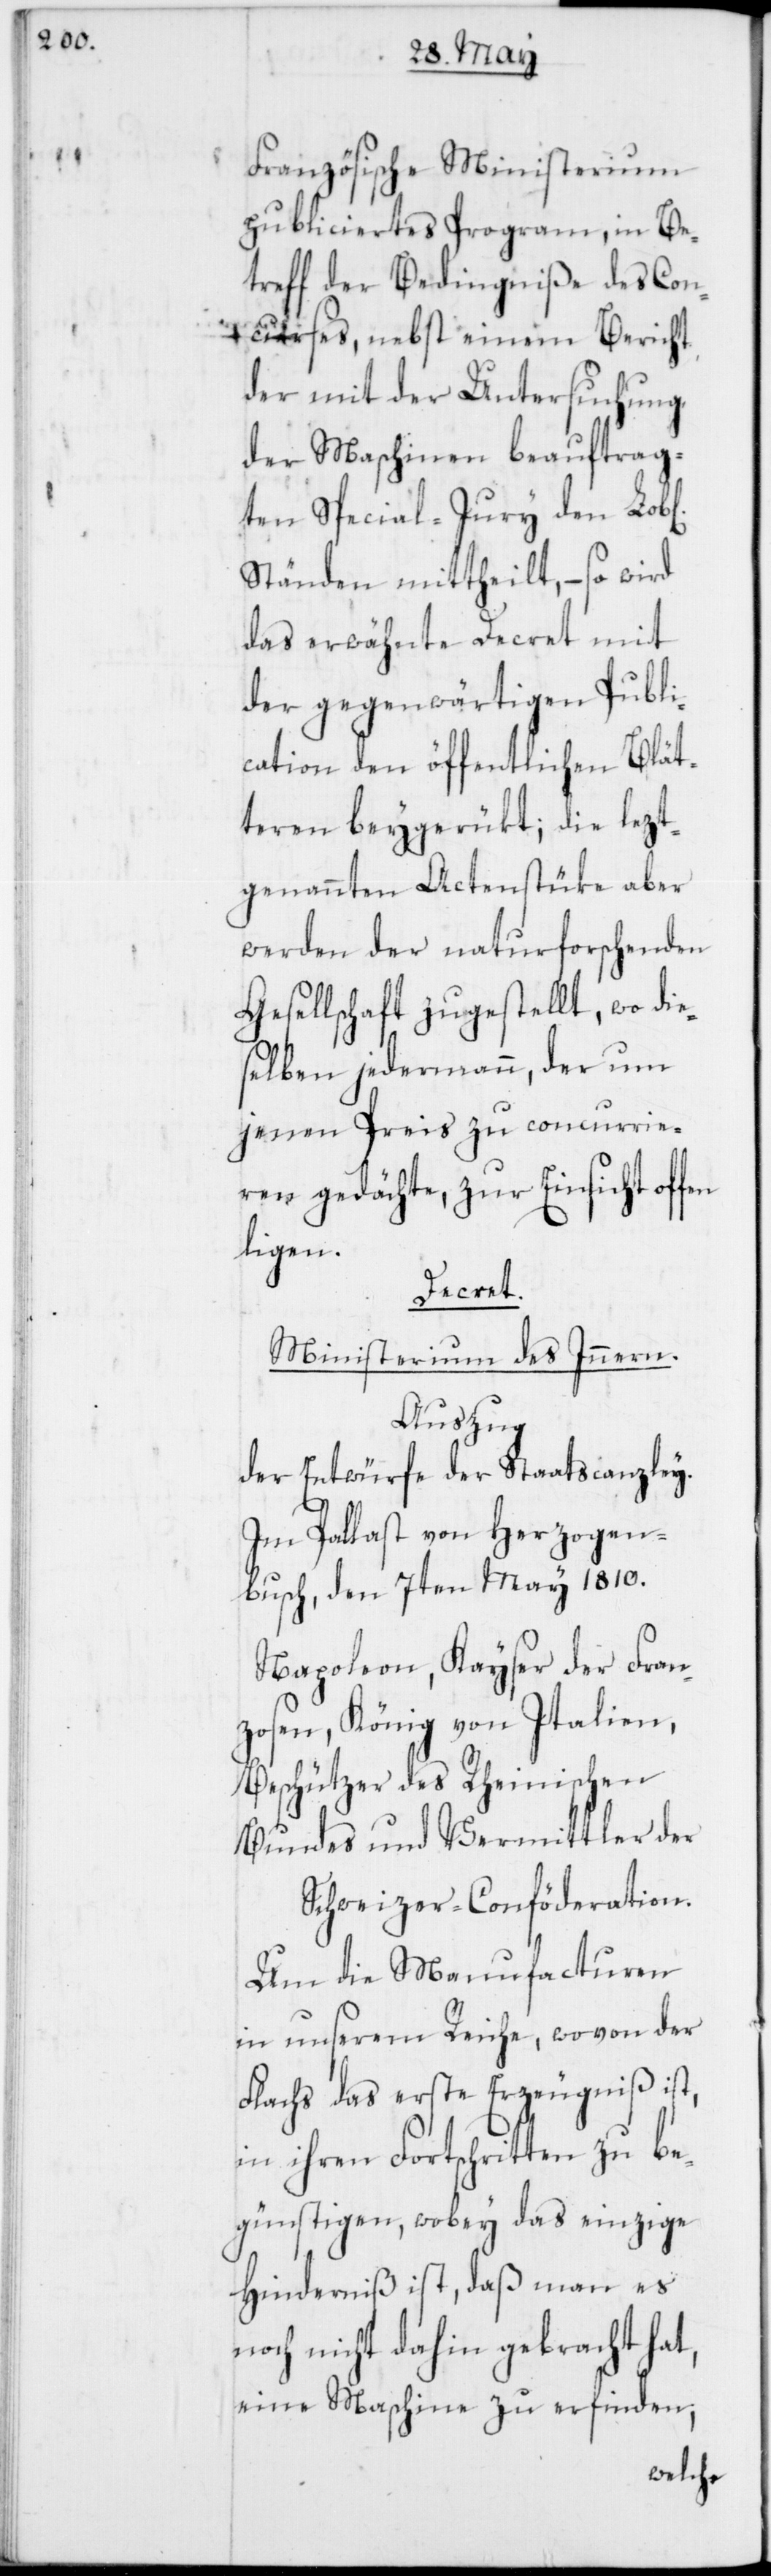
en

Französische Ministerium
publiciertes Programm, in Be¬
treff der Bedingniße des Con¬
curses, nebst einem Bericht
der mit der Untersuchung
der Maschinen beauftrag¬
ten Special-Jury den Lob[l¬
Ständen mittheilt, – so wird
das erwähnte Decret mit
der gegenwärtigen Publi¬
cation den öffentlichen Blät¬
teren beygerükt; die lezt¬
genannten Actenstüke aber
werden der naturforschenden
Gesellschaft zugestellt, wo die¬
selben jedermann, der um
jenen Preis zu concurrie¬
ren gedächte, zur Einsicht off¬
ligen.
Decret.
Ministerium des Innern.
Auszug
der Entwürfe der Staatscanzley.
Im Pallast von Herzogen¬
busch, den 7ten May 1810.
Napoleon, Kayser der Fran¬
zosen, König von Italien,
Beschützer des Rheinischen
Bundes und Vermittler der
Schweizer-Conföderation.
Um die Manufacturen
in unserem Reiche, wovon der
Flachs das erste Erzeugniß ist,
in ihren Fortschritten zu be¬
günstigen, wobey das einzige
Hinderniß ist, daß man es
noch nicht dahin gebracht hat,
eine Maschine zu erfinden,